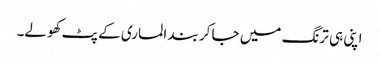
اپنی ہی ترنگ میں جا کر بند الماری کے پٹ کھولے۔